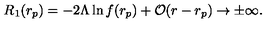
R _ { 1 } ( r _ { p } ) = - 2 \Lambda \ln f ( r _ { p } ) + { \cal O } ( r - r _ { p } ) \to \pm \infty .